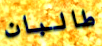
طالبان